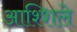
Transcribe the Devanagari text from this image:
आश्शिले